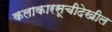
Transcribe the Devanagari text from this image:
कलाकारसूचीदेखील